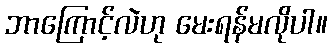
ဘာကြောင့်လဲဟု မေးရန်မလိုပါ။